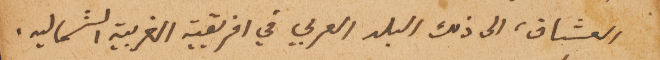
العشاق، الى ذلك البلد العربي في افريقيه الغربية الشماليه.